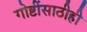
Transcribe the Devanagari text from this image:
गोष्टींसाठीही